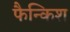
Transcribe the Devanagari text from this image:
फैन्किश